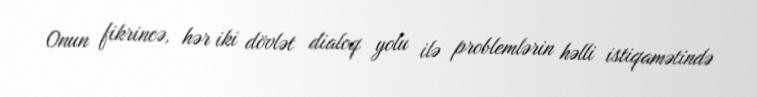
Onun fikrincə, hər iki dövlət dialoq yolu ilə problemlərin həlli istiqamətində